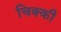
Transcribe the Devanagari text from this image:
चिक्‍की